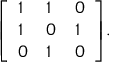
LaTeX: { \left[ \begin{array} { l l l } { 1 } & { 1 } & { 0 } \\ { 1 } & { 0 } & { 1 } \\ { 0 } & { 1 } & { 0 } \end{array} \right] } .